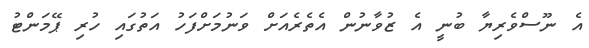
އެ ނޫސްވެރިޔާ ބުނީ އެ ޒުވާނުން އެތެރެއަށް ވަނުމަށްފަހު އަތުގައި ހުރި ޕޭމަންޓު